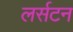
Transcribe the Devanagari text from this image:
लर्सटन